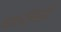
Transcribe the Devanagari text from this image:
धात्वनिग्नयों